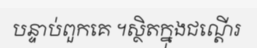
បន្ទាប់ពួកគេ ។ស្ថិតក្នុងជណ្តើរ